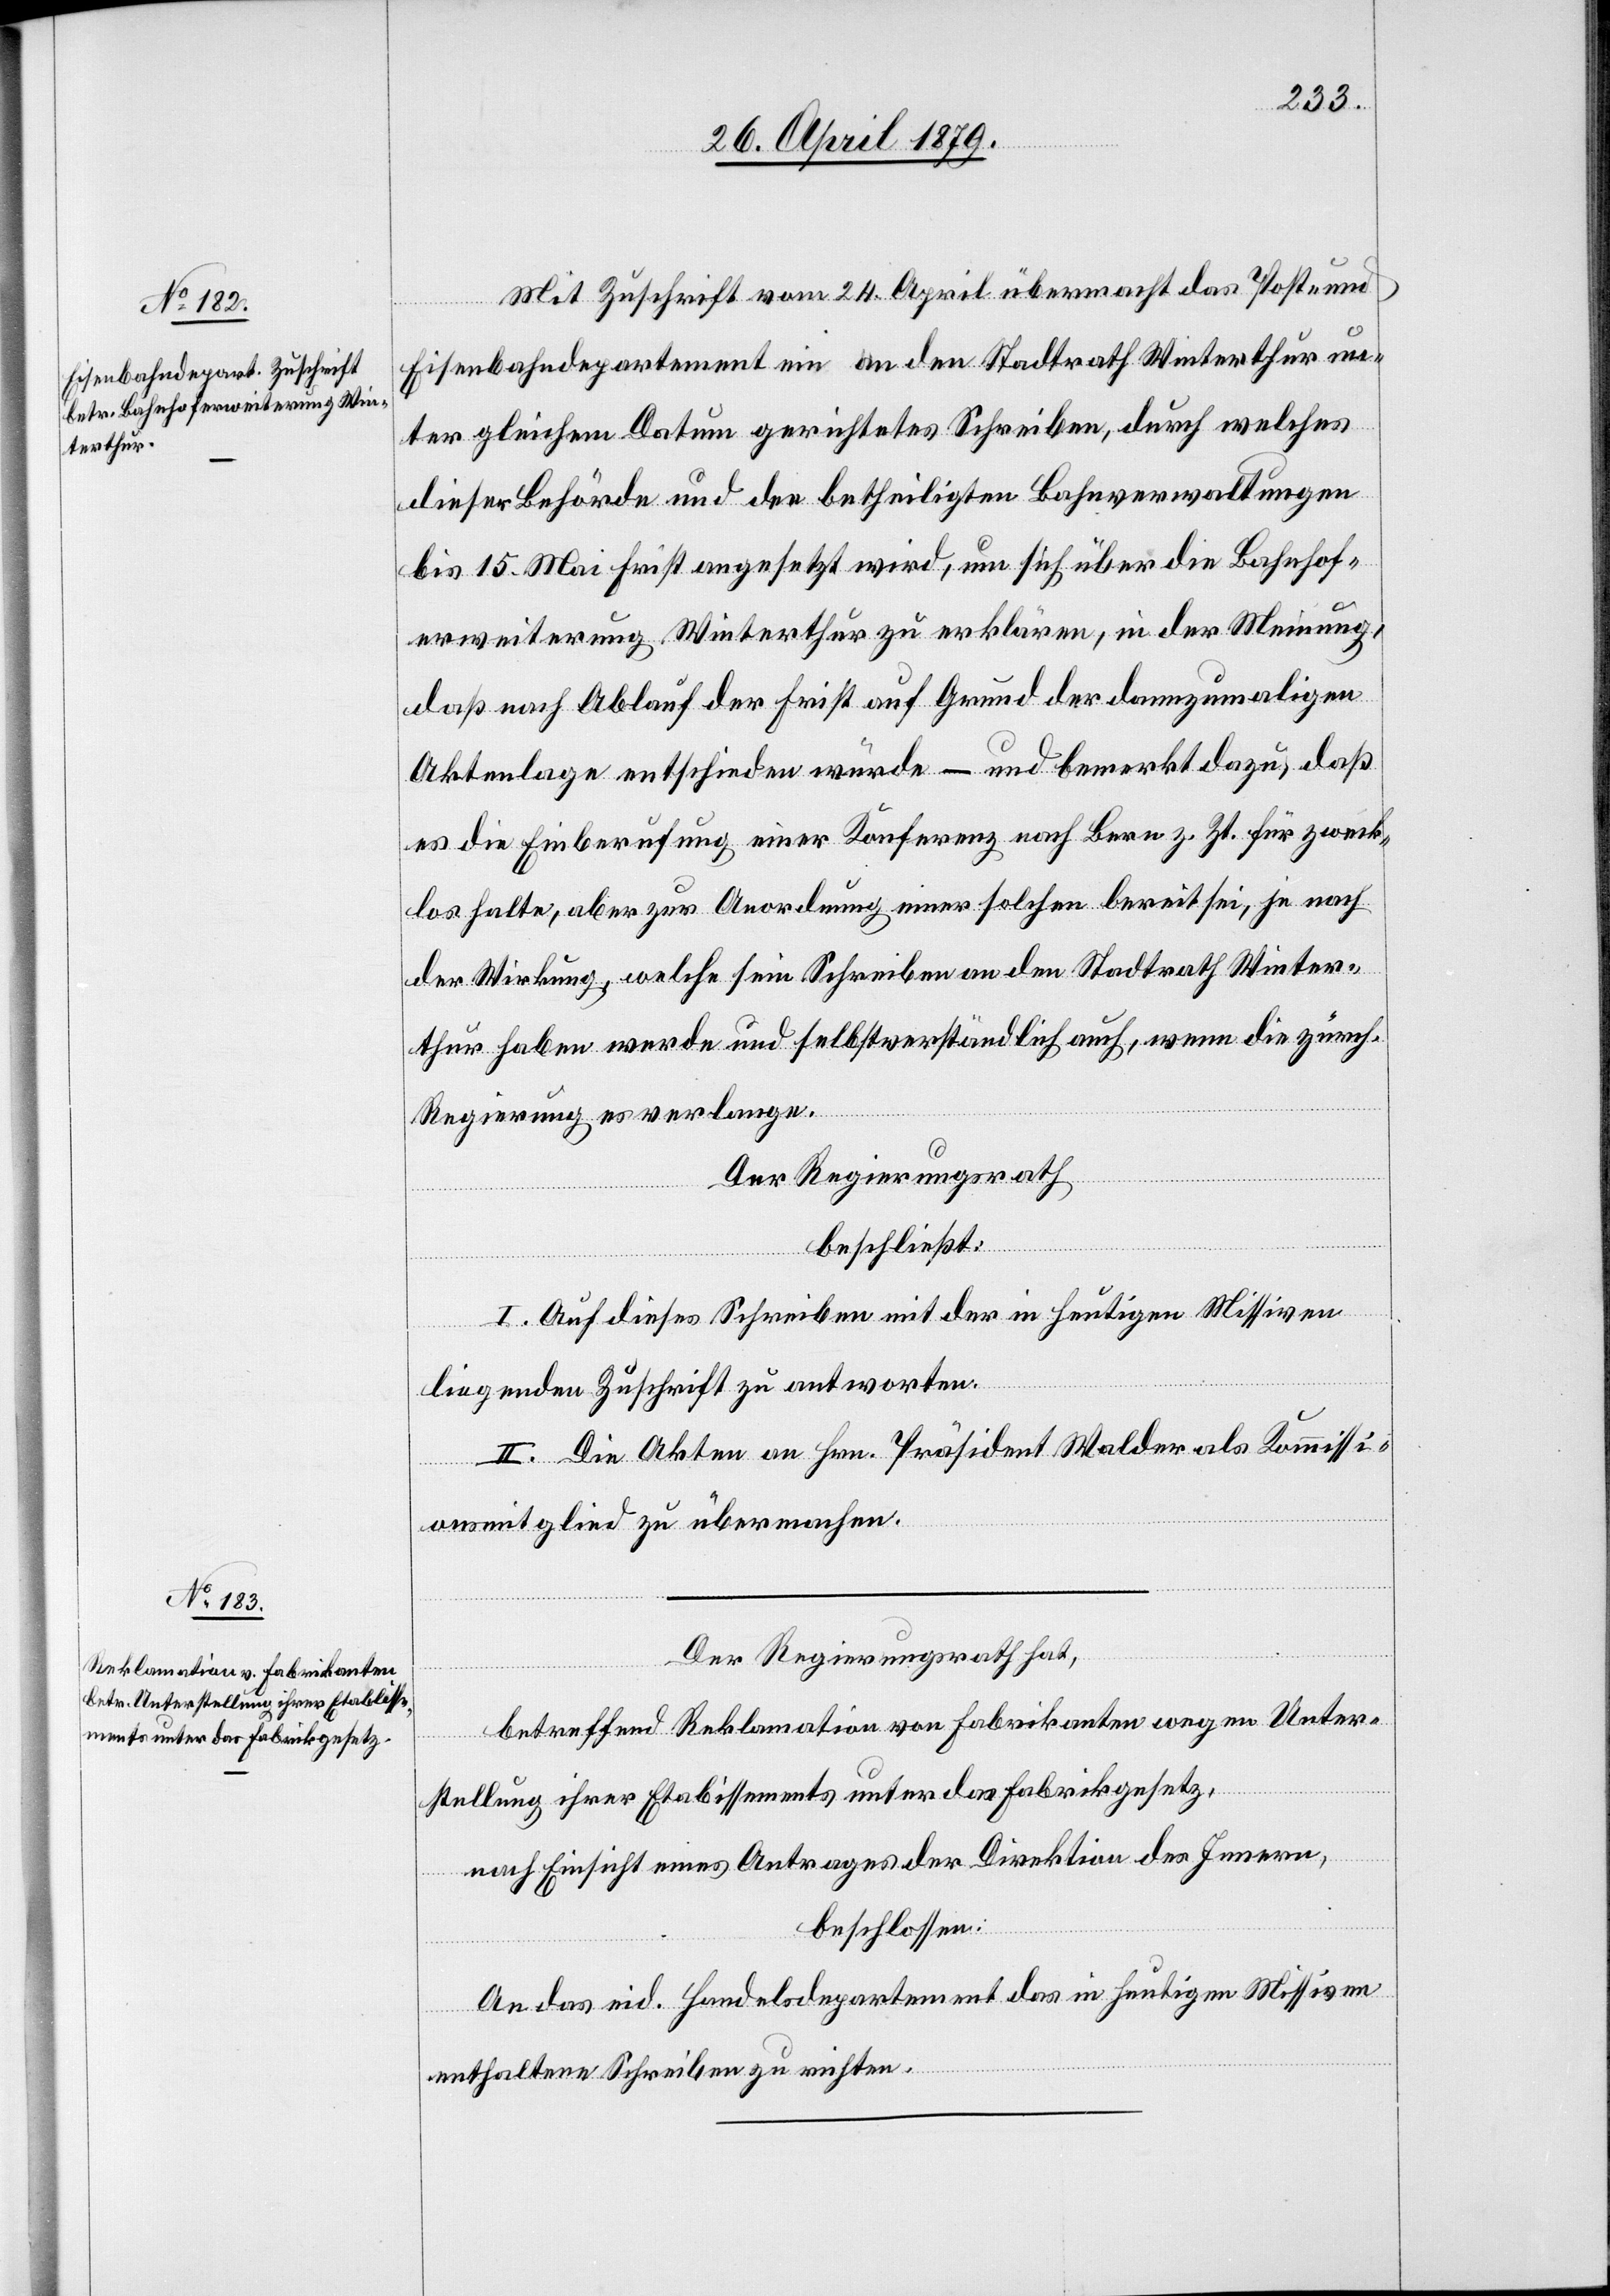
Mit Zuschrift vom 24. April übermacht das Post- und
Eisenbahndepartement ein an den Stadtrath Winterthur un¬
ter gleichem Datum gerichtetes Schreiben, durch welches
dieser Behörde und den betheiligten Bahnverwaltungen
bis 15. Mai Frist angesetzt wird, um sich über die Bahnhof¬
erweiterung Winterthur zu erklären, in der Meinung,
daß nach Ablauf der Frist auf Grund der dannzumaligen
Aktenlage entschieden würde – und bemerkt dazu, daß
es die Einberufung einer Konferenz nach Bern z. Zt. für zweck¬
los halte, aber zur Anordnung einer solchen bereit sei, je nach
der Wirkung, welche sein Schreiben an den Stadtrath Winter¬
thur haben werde und selbstverständlich auch, wenn die zürch.
Regierung es verlange.
Der Regierungsrath
beschließt:
I. Auf dieses Schreiben mit der in heutigen Missiven
liegenden Zuschrift zu antworten.
II. Die Akten an Hrn. Präsident Walder als Kommissi¬
onsmitglied zu übermachen.
Der Regierungsrath hat,
betreffend Reklamation von Fabrikanten wegen Unter¬
stellung ihrer Etab[l]issements unter das Fabrikgesetz,
nach Einsicht eines Antrages der Direktion des Innern,
beschlossen:
An das eid. Handelsdepartement das in heutigen Missiven
enthaltene Schreiben zu richten.